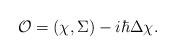
LaTeX: \begin{align*}{\cal O}=(\chi,\Sigma)-i\hbar\Delta \chi.\end{align*}